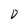
Character: D